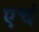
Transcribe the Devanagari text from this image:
एचं